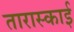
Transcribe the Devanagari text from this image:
तारास्काई